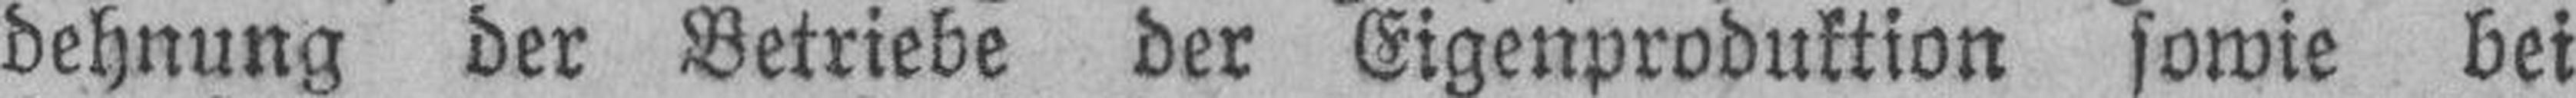
dehnung der Betriebe der Eigenproduktion sowie bei